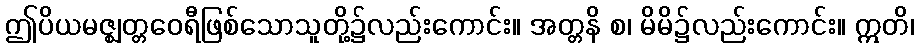
ဤပိယမဇ္ဈတ္တဝေရီဖြစ်သောသူတို့၌လည်းကောင်း။ အတ္တနိ စ၊ မိမိ၌လည်းကောင်း။ ဣတိ၊